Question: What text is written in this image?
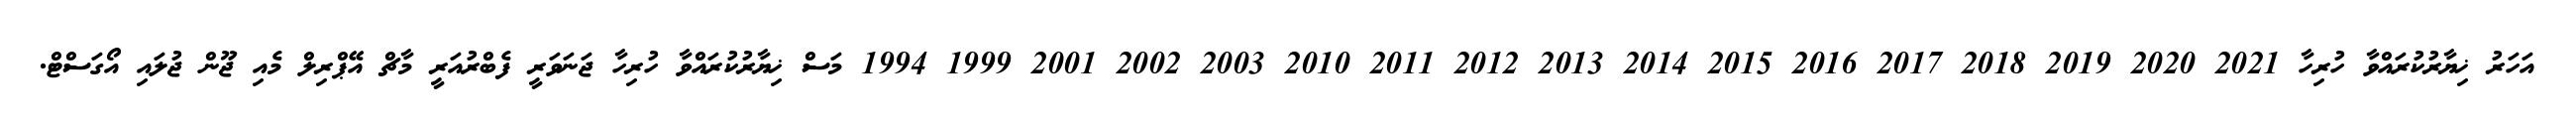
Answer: އަހަރު ޚިޔާރުކުރައްވާ ހުރިހާ 2021 2020 2019 2018 2017 2016 2015 2014 2013 2012 2011 2010 2003 2002 2001 1999 1994 މަސް ޚިޔާރުކުރައްވާ ހުރިހާ ޖަނަވަރީ ފެބްރުއަރީ މާޗް އޭޕްރިލް މެއި ޖޫން ޖުލައި އޯގަސްޓް.